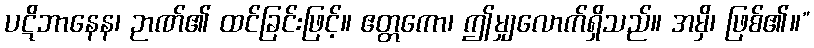
ပဋိဘာနေန၊ ဉာဏ်၏ ထင်ခြင်းဖြင့်။ ဧတ္တကော၊ ဤမျှလောက်ရှိသည်။ အမှိ၊ ဖြစ်၏။”